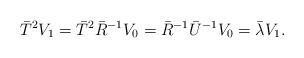
LaTeX: \begin{align*}\bar{T}^2V_1 &=\bar{T}^2\bar{R}^{-1}V_0 = \bar{R}^{-1}\bar{U}^{-1}V_0= \bar{\lambda}V_1.\end{align*}